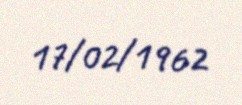
17/02/1962